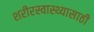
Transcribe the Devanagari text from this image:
शरीरस्वास्थ्यासाठी